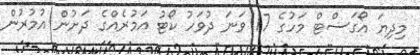
މިދިޔަ އޯގަސްޓް މަހުގެ 17 ވަނަ ދުވަހު ކޯޓު އަމުރެއްގެ ދަށުން އުމުރުން